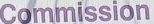
Commission